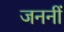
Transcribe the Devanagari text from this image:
जननीं